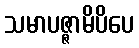
သမာပဇ္ဇာမိပိပေ